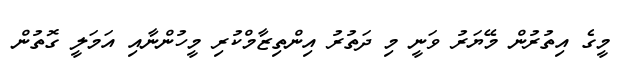
މީގެ އިތުރުން މޭޔަރު ވަނީ މި ދަތުރު އިންތިޒާމްކުރި މީހުންނާއި އަމަލީ ގޮތުން